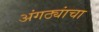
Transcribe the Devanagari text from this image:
अंगठ्यांचा